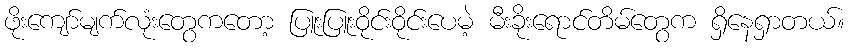
ဖိုးကျော်မျက်လုံးတွေကတော့ ပြူးပြူးဝိုင်းဝိုင်းပေမဲ့ မီးခိုးရောင်တိမ်တွေက ရှိနေရှာတယ်။